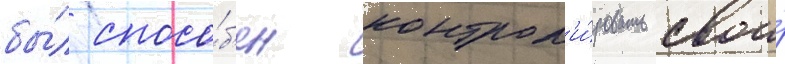
бы́л спосо́б'ен контрол'и́ровать свои́